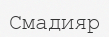
Смадияр